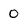
Character: 0